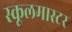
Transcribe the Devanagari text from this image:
स्कूलमास्टर